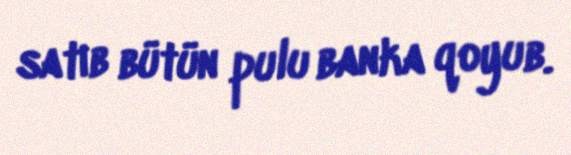
satıb bütün pulu banka qoyub.